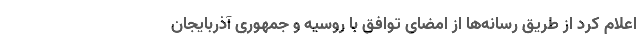
اعلام کرد از طریق رسانه‌ها از امضای توافق با روسیه و جمهوری آذربایجان